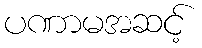
ပဏာမအဆင့်